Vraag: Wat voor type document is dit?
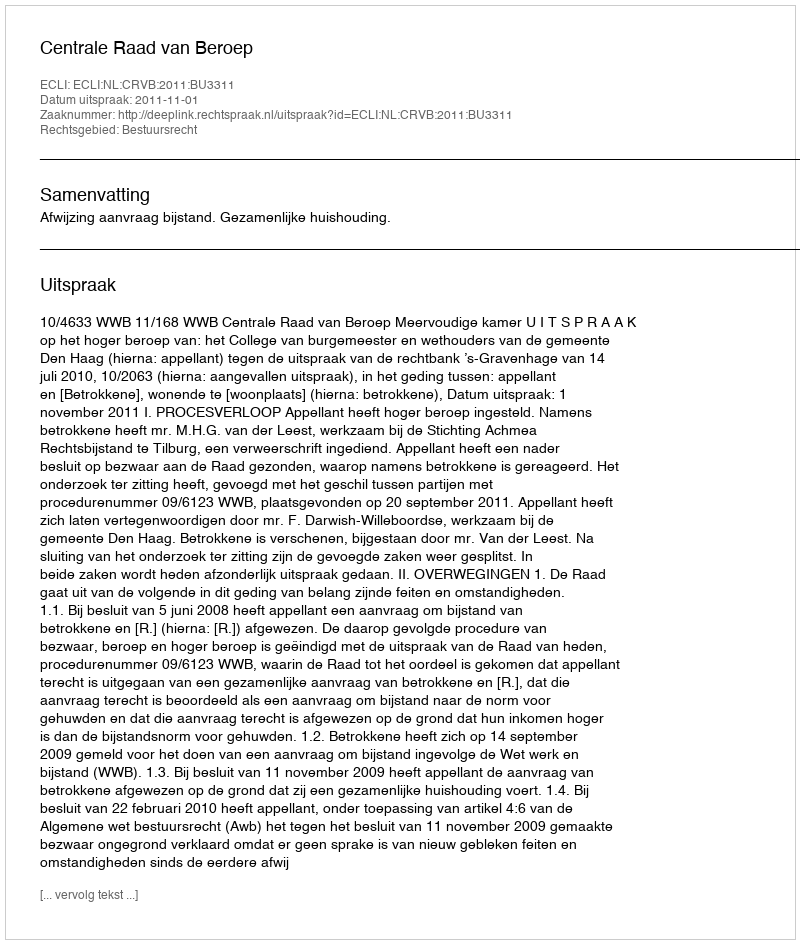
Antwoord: Uitspraak